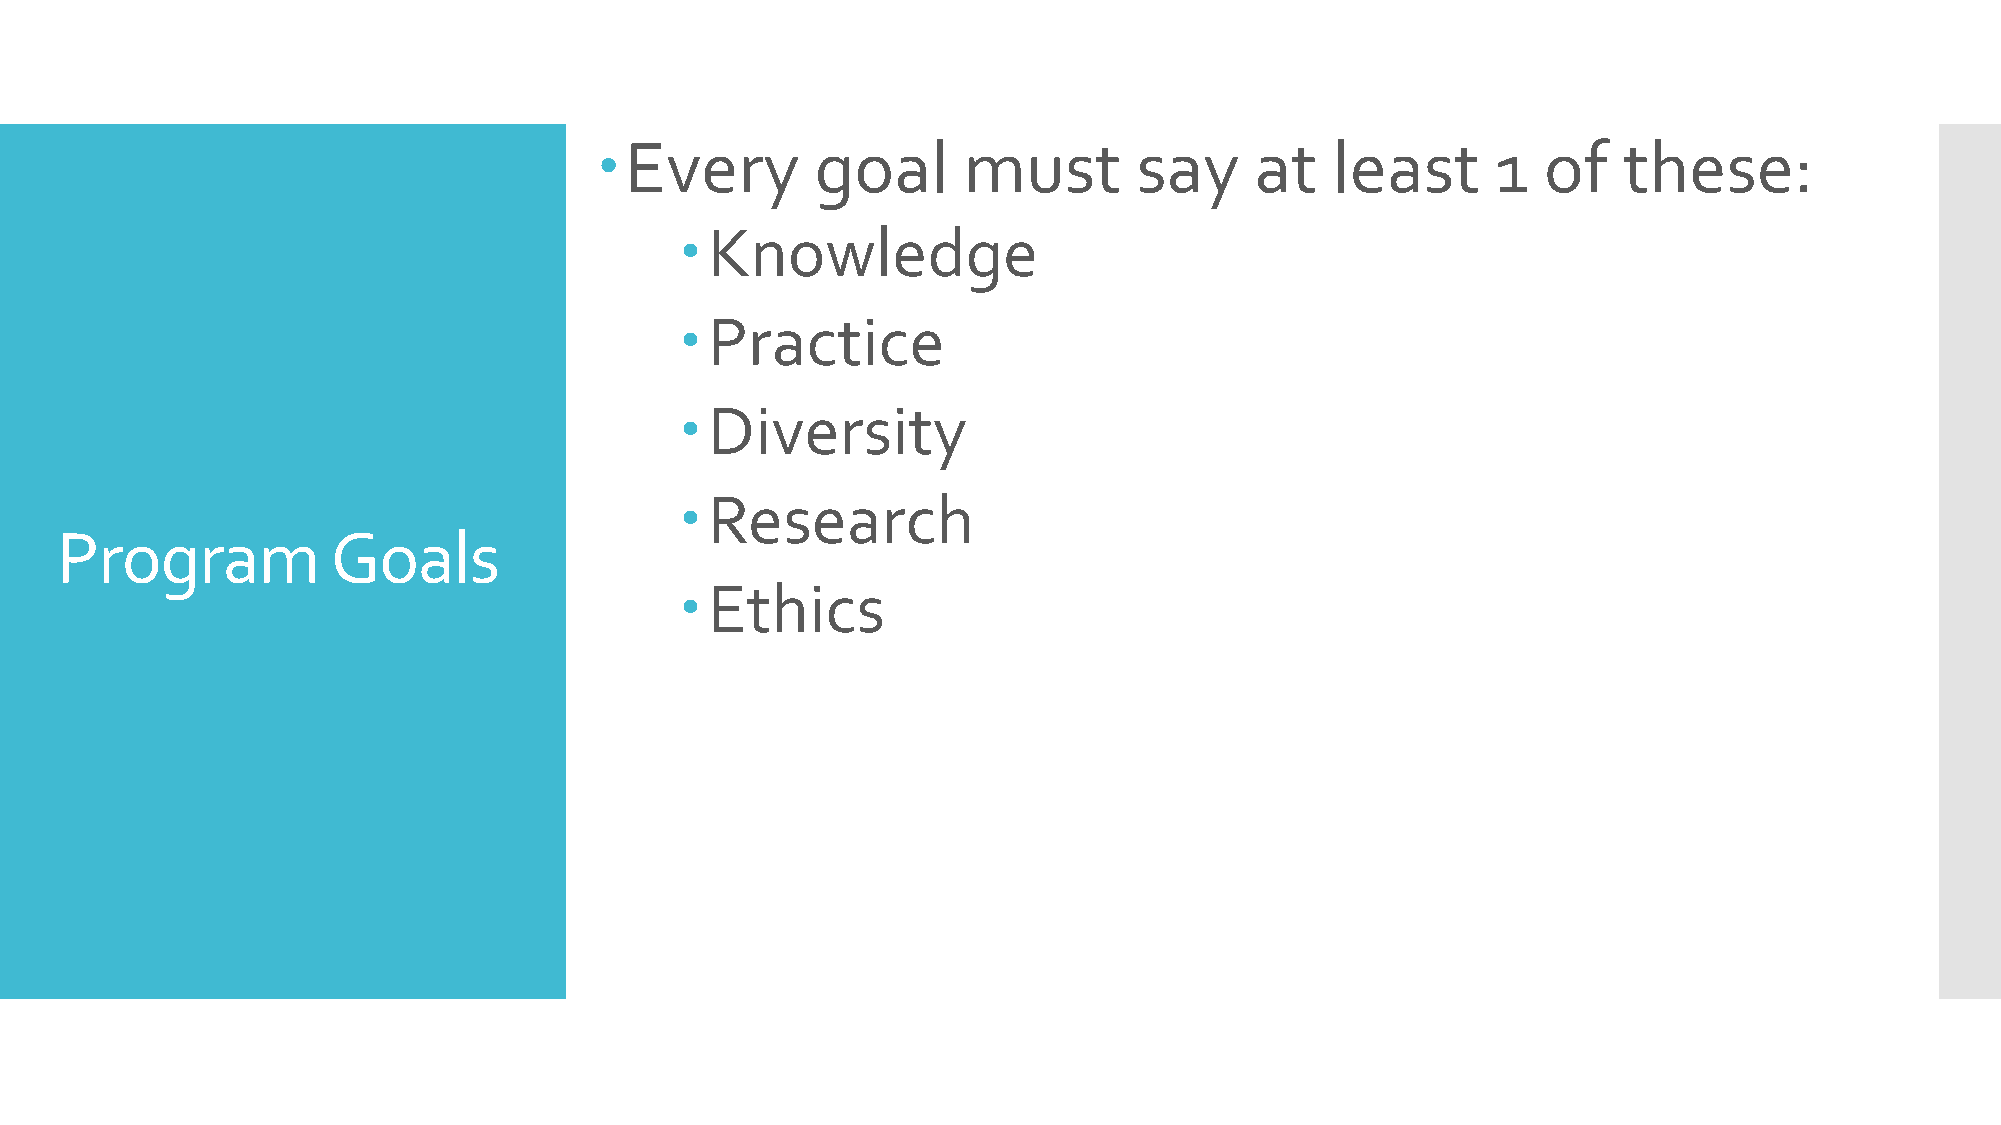
Every         goal      must       say     at   least      1  of   these:
 Knowledge
 Practice
 Diversity
 Research
 Program           Goals
 Ethics